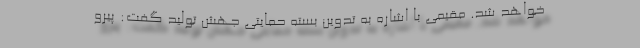
خواهد شد. مقیمی با اشاره به تدوین بسته حمایتی جهش تولید گفت: پیرو